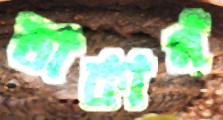
ডাকান